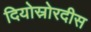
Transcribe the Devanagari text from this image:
दियोस्रोरदीस